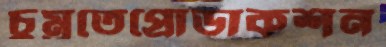
চুম্‌রতেপ্রোডাকশন